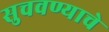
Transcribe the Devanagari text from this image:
सुचवण्याचे